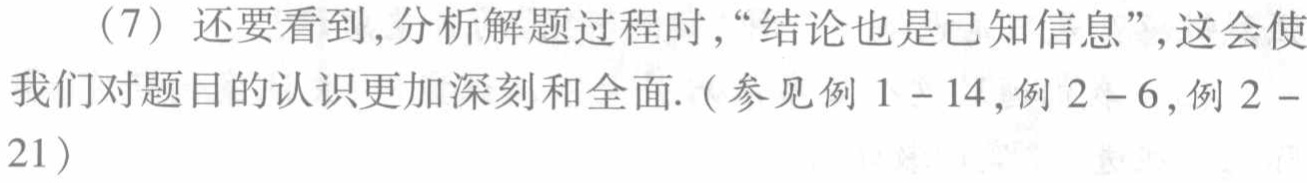
（7）还要看到,分析解题过程时,“结论也是已知信息”,这会使我们对题目的认识更加深刻和全面. (参见例 \(1 - 14\),例 \(2 - 6\),例 \(2 -\)21）